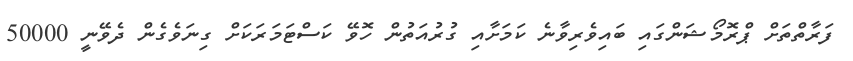
ފަރާތްތަށް ޕްރޮމޯޝަންގައި ބައިވެރިވާނެ ކަމަށާއި ގުރުއަތުން ހޮވޭ ކަސްޓަމަރަކަށް ގިނަވެގެން ދެވޭނީ 50000